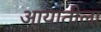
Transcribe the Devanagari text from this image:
आयातीला